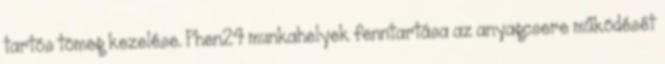
tartós tömeg kezelése. Phen24 munkahelyek fenntartása az anyagcsere működését